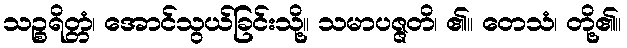
သဉ္စရိတ္တံ၊ အောင်သွယ်ခြင်းသို့။ သမာပဇ္ဇတိ၊ ၏။ တေသံ၊ တို့၏။